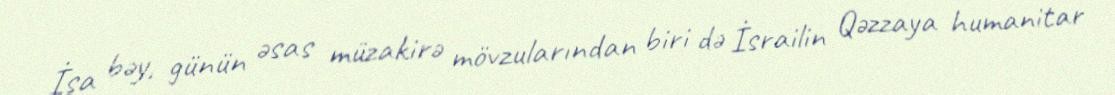
İsa bəy, günün əsas müzakirə mövzularından biri də İsrailin Qəzzaya humanitar